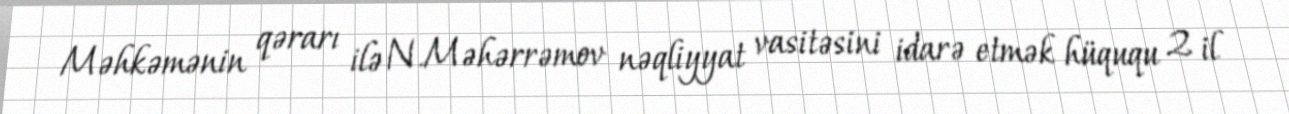
Məhkəmənin qərarı ilə N.Məhərrəmov nəqliyyat vasitəsini idarə etmək hüququ 2 il